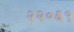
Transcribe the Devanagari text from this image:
२२०६९